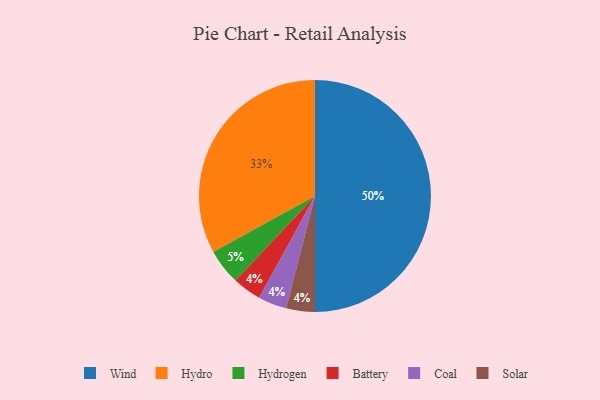
{"axis": {"x": "Category", "y": "Percentage"}, "legend": ["Battery", "Coal", "Hydro", "Hydrogen", "Solar", "Wind"], "data": [{"x": "Battery", "y": 4, "type": "Battery"}, {"x": "Coal", "y": 4, "type": "Coal"}, {"x": "Wind", "y": 50, "type": "Wind"}, {"x": "Solar", "y": 4, "type": "Solar"}, {"x": "Hydrogen", "y": 5, "type": "Hydrogen"}, {"x": "Hydro", "y": 33, "type": "Hydro"}]}